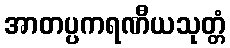
အာတပ္ပကရဏီယသုတ္တံ